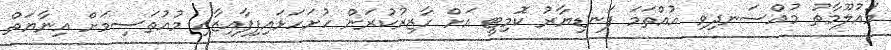
މައުލޫމާތު މުއްސަނދިވި އުއްތަމަ ފަނޑިޔާރު ކޮމިޓީ އަށް ހާޒިރުކުރަން ހުށަހަޅައިފިފާއިޒާއި މުއުތަސިމަށް އިނާޔަތް